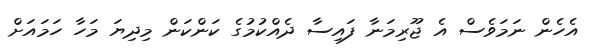
އެހެން ނަމަވެސް އެ ޖޫރިމަނާ ފައިސާ ދެއްކުމުގެ ކަންކަން މިދިޔަ މަހާ ހަމައަށް